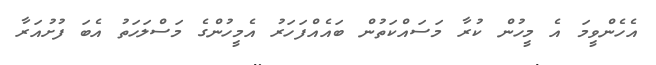
އެހެންވީމަ އެ މީހުން ކުރާ މަސައްކަތުން ބައެއްފަހަރު އެމީހުންގެ މަސްލަހަތު އެބަ ފުށުއަރާ